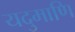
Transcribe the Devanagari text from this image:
यदुमाणि